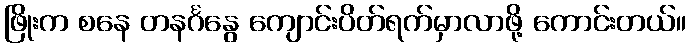
ဖြိုးက စနေ တနင်္ဂနွေ ကျောင်းပိတ်ရက်မှာလာဖို့ ကောင်းတယ်။